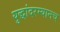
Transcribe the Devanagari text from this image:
युद्धांदरम्यानच